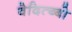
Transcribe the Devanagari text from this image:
वेदित्ब्बो